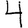
Digit: 4